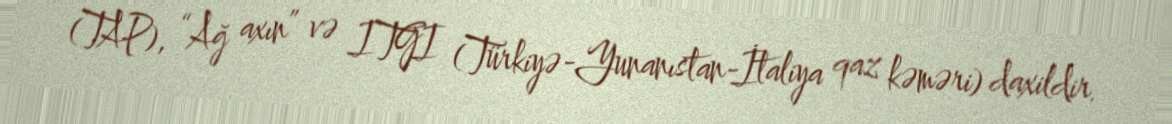
(TAP), “Ağ axın” və ITGI (Türkiyə-Yunanıstan-İtaliya qaz kəməri) daxildir.